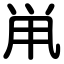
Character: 鼡